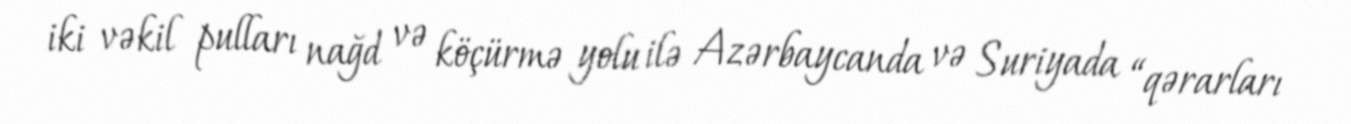
iki vəkil pulları nağd və köçürmə yolu ilə Azərbaycanda və Suriyada “qərarları